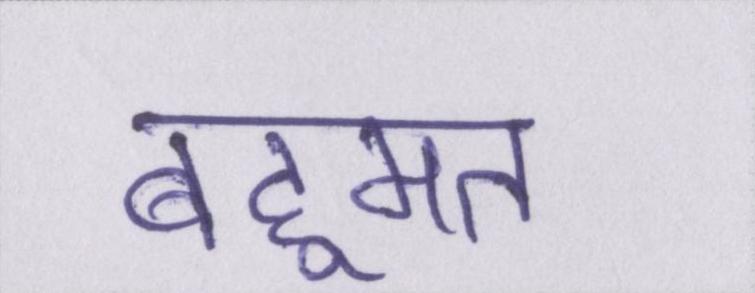
बहूमत